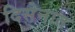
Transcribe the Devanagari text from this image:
दिसेनात